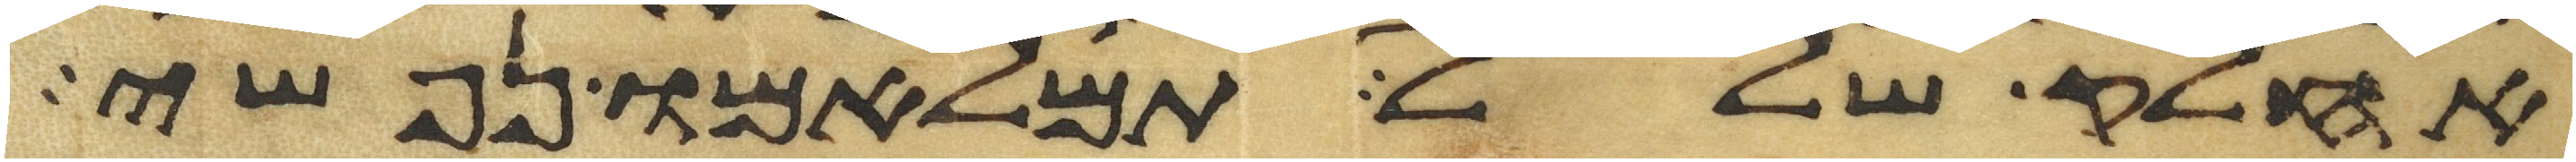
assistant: אחלק שלל תמלאמו נפשי